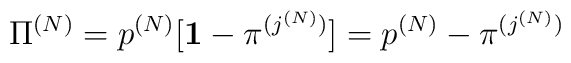
{\Pi}^{(N)}=p^{(N)} [ {\bf 1} - {\pi}^{(j^{(N)})} ]=p^{(N)} - {\pi}^{(j^{(N)})}